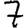
Digit: 7